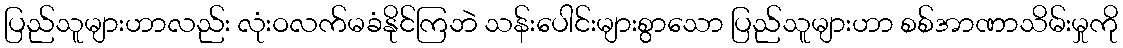
ပြည်သူများဟာလည်း လုံးဝလက်မခံနိုင်ကြဘဲ သန်းပေါင်းများစွာသော ပြည်သူများဟာ စစ်အာဏာသိမ်းမှုကို